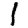
Digit: 1